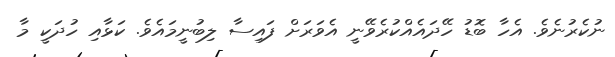
ނުކެރުނެވެ. އެހާ ބޮޑު ހޭދައެއްކުރެވޭނީ އެވަރަށް ފައިސާ ލިބުނީމައެވެ. ކަޅާއި ހުދަކީ މާ